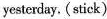
yesterday. (stick)